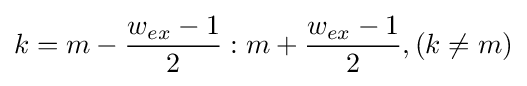
k=m-{\frac {w_{ex}-1}{2}}:m+{\frac {w_{ex}-1}{2}},(k\neq m)